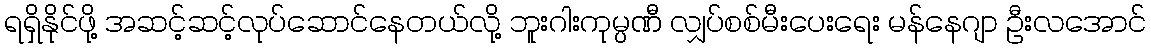
ရရှိနိုင်ဖို့ အဆင့်ဆင့်လုပ်ဆောင်နေတယ်လို့ ဘူးဂါးကုမ္ပဏီ လျှပ်စစ်မီးပေးရေး မန်နေဂျာ ဦးလအောင်